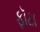
ફૉટા